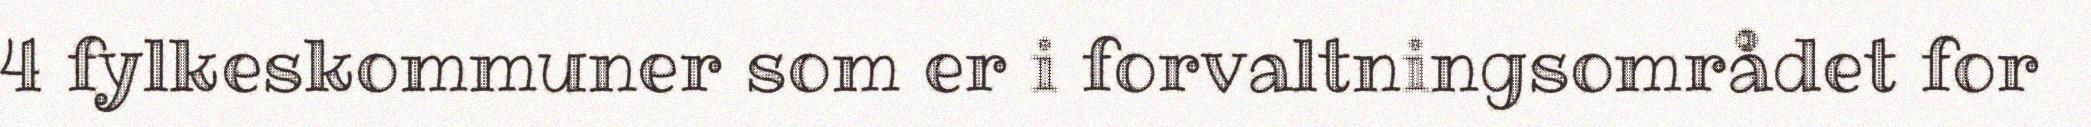
4 fylkeskommuner som er i forvaltningsområdet for